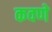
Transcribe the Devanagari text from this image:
कवणे